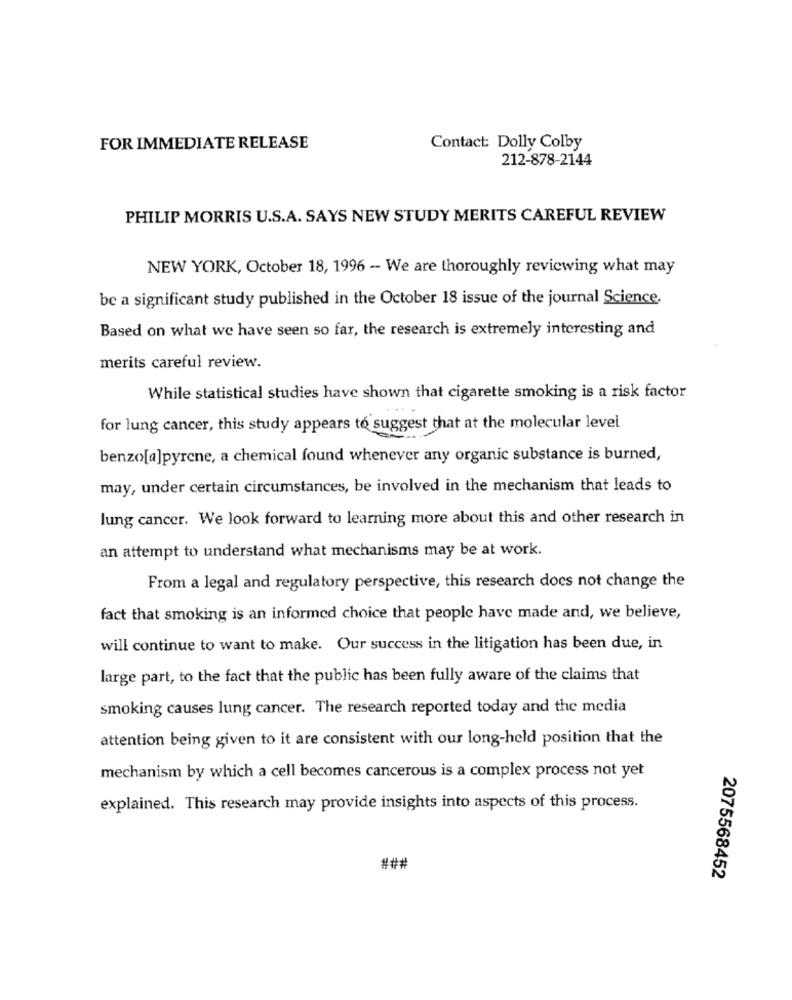
FOR IMMEDIATE RELEASE
Contact: Dolly Colby
212-878-2144
PHILIP MORRIS U.S.A. SAYS NEW STUDY MERITS CAREFUL REVIEW
NEW YORK, October 18, 1996 - We are thoroughly reviewing what may
be a significant study published in the October 18 issue of the journal Science.
Based on what we have seen so far, the research is extremely interesting and
merits careful review.
While statistical studies have shown that cigarette smoking is a risk factor
for lung cancer, this study appears to suggest that at the molecular level
benzo[a]pyrene, a chemical found whenever any organic substance is burned,
may, under certain circumstances, be involved in the mechanism that leads to
lung cancer. We look forward to learning more about this and other research in
an attempt to understand what mechanisms may be at work.
From a legal and regulatory perspective, this research does not change the
fact that smoking is an informed choice that people have made and, we believe,
will continue to want to make. Our success in the litigation has been due, in
large part, to the fact that the public has been fully aware of the claims that
smoking causes lung cancer. The research reported today and the media
attention being given to it are consistent with our long-held position that the
mechanism by which a cell becomes cancerous is a complex process not yet
explained. This research may provide insights into aspects of this process.
###
2075568452